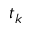
t _ { k }